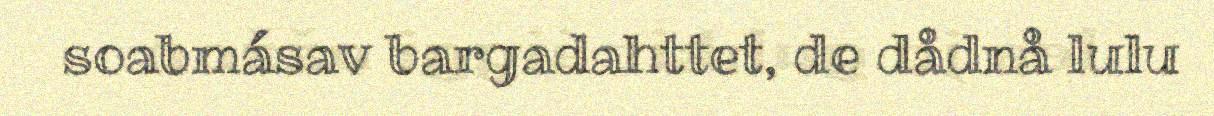
soabmásav bargadahttet, de dådnå lulu